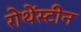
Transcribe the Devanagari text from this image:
रोथेंस्टीन